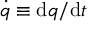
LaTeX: { \dot { q } } \equiv \mathrm { d } q / \mathrm { d } t